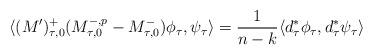
LaTeX: \begin{align*}\langle (M')_{\tau,0}^+ (M^{-,p}_{\tau,0} - M^{-}_{\tau,0}) \phi_\tau, \psi_\tau \rangle = \dfrac{1}{n-k} \langle d^*_\tau \phi_\tau, d^*_\tau \psi_\tau \rangle\end{align*}